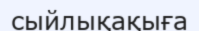
сыйлықақыға